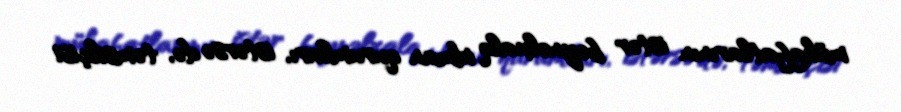
mükafatlarının istər beynəlxalq idman qurumları, istərsə də, təmsilçisi